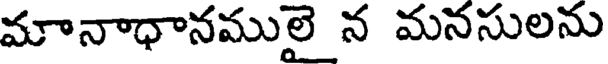
మానాధానములై న మనసులను